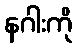
နဂါးကို